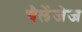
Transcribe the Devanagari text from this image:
चैलेंजेज